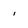
Character: i